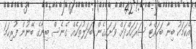
އެކަމަކު ބިނާ ބަހައްޓާ ސަރަހައްދަށް ވަށައިގެން ބަދަލުތަކެއް ގެނެސް ބިނާގެ ބޭނުން ފުރިހަމަ